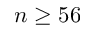
n \geq 5 6